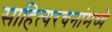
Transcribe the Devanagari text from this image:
साहित्यरचनांमध्ये